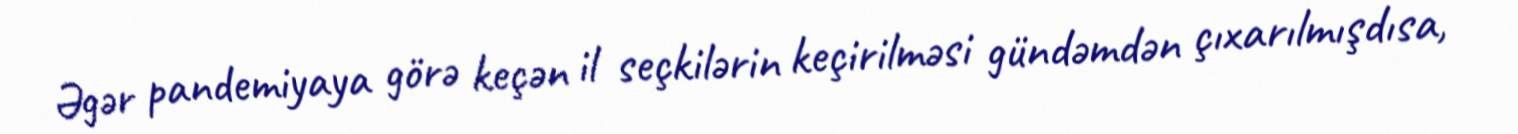
Əgər pandemiyaya görə keçən il seçkilərin keçirilməsi gündəmdən çıxarılmışdısa,